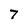
Character: 7